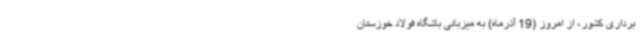
برداری کشور، از امروز (19 آذرماه) به میزبانی باشگاه فولاد خوزستان